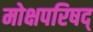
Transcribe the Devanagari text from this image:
मोक्षपरिषद्